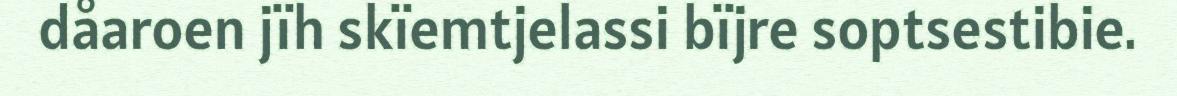
dåaroen jïh skïemtjelassi bïjre soptsestibie.